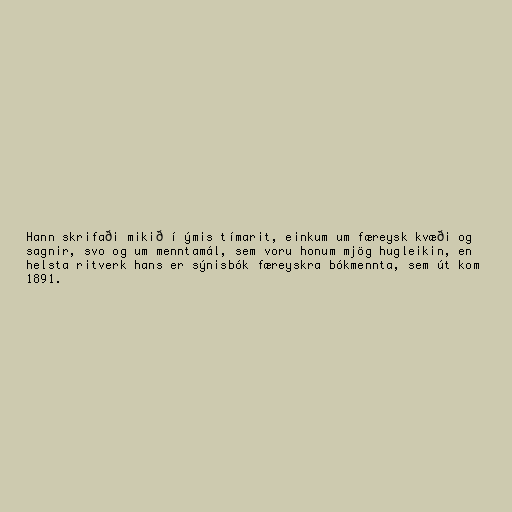
Hann skrifaði mikið í ýmis tímarit, einkum um færeysk kvæði og
sagnir, svo og um menntamál, sem voru honum mjög hugleikin, en
helsta ritverk hans er sýnisbók færeyskra bókmennta, sem út kom
1891.